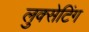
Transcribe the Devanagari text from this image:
लुक्सेटिंग